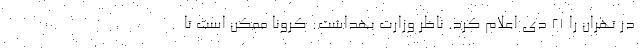
در تهران را ۲۱ دی اعلام کرد. ناظر وزارت بهداشت: کرونا ممکن است تا